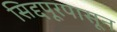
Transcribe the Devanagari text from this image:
सिद्दपूरपासून